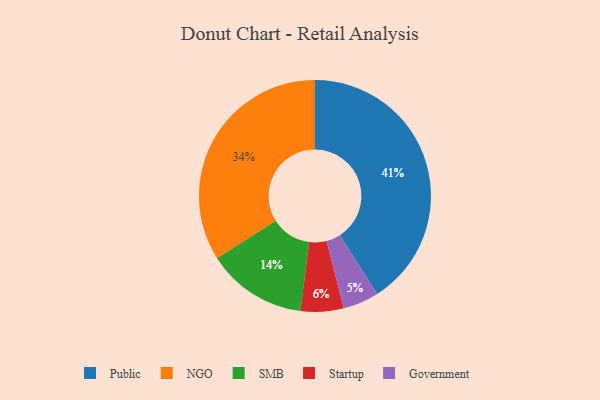
{"axis": {"x": "Category", "y": "Percentage"}, "legend": ["Government", "NGO", "Public", "SMB", "Startup"], "data": [{"x": "Startup", "y": 6, "type": "Startup"}, {"x": "Public", "y": 41, "type": "Public"}, {"x": "NGO", "y": 34, "type": "NGO"}, {"x": "Government", "y": 5, "type": "Government"}, {"x": "SMB", "y": 14, "type": "SMB"}]}